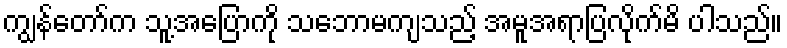
ကျွန်တော်က သူ့အပြောကို သဘောမကျသည့် အမူအရာပြလိုက်မိ ပါသည်။